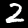
Label: 2